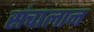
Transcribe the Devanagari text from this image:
संचालान